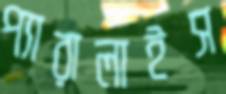
প্যারালাইস